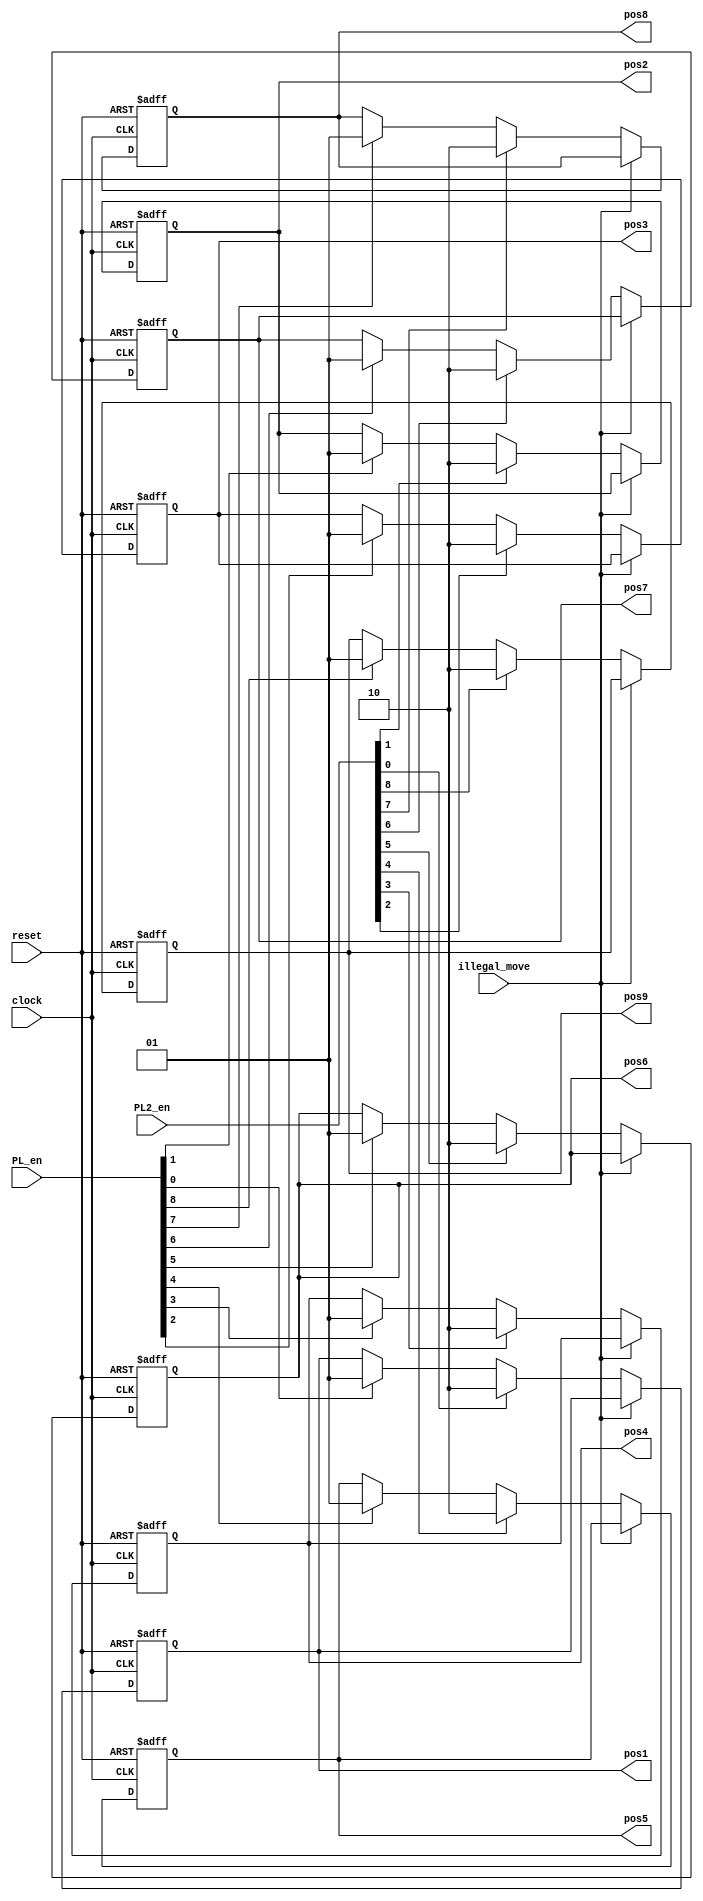
`timescale 1ns / 1ps
//////////////////////////////////////////////////////////////////////////////////
// Company: 
// Engineer: 
// 
// Design Name: 
// Module Name:    position_registers 
// Project Name: 
// Target Devices: 
// Tool versions: 
// Description: 
//
// Dependencies: 
//
// Revision: 
// Revision 0.01 - File Created
// Additional Comments: 
//
//////////////////////////////////////////////////////////////////////////////////
module position_registers(
   input clock, // clock of the game 
      input reset, // reset the game 
      input illegal_move, // need to stop when an illegal move is detected 
      input [9:1] PL2_en, // Player2 enable signals 
      input [9:1] PL_en, // Player enable signals 
      output reg[1:0] pos1,pos2,pos3,pos4,pos5,pos6,pos7,pos8,pos9// positions stored
    );

// Position 1 
 always @(posedge clock or posedge reset)   // Active high logic for reset
 begin
  if(reset) 
   pos1 <= 2'b00;
  else begin
   if(illegal_move==1'b1)
    pos1 <= pos1;// keep previous position
   else if(PL2_en[1]==1'b1)
    pos1 <= 2'b10; // store player2 data 
   else if (PL_en[1]==1'b1)
    pos1 <= 2'b01;// store player data 
   else 
    pos1 <= pos1;// keep previous position
  end 
 end 
 // Position 2 
 always @(posedge clock or posedge reset)    // Active high logic for reset
 begin
  if(reset) 
   pos2 <= 2'b00;
  else begin
   if(illegal_move==1'b1)
    pos2 <= pos2;// keep previous position
   else if(PL2_en[2]==1'b1)
    pos2 <= 2'b10; // store player2 data 
   else if (PL_en[2]==1'b1)
    pos2 <= 2'b01;// store player data 
   else 
    pos2 <= pos2;// keep previous position
  end 
 end 
// Position 3 
 always @(posedge clock or posedge reset)       // Active high logic for reset
 begin
  if(reset) 
   pos3 <= 2'b00;
  else begin
   if(illegal_move==1'b1)
    pos3 <= pos3;// keep previous position
   else if(PL2_en[3]==1'b1)
    pos3 <= 2'b10; // store player2 data 
   else if (PL_en[3]==1'b1)
    pos3 <= 2'b01;// store player data 
   else 
    pos3 <= pos3;// keep previous position
  end 
 end  
 // Position 4 
 always @(posedge clock or posedge reset)       // Active high logic for reset
 begin
  if(reset) 
   pos4 <= 2'b00;
  else begin
   if(illegal_move==1'b1)
    pos4 <= pos4;// keep previous position
   else if(PL2_en[4]==1'b1)
    pos4 <= 2'b10; // store player2 data 
   else if (PL_en[4]==1'b1)
    pos4 <= 2'b01;// store player data 
   else 
    pos4 <= pos4;// keep previous position
  end 
 end 
 // Position 5 
 always @(posedge clock or posedge reset)      // Active high logic for reset
 begin 
  if(reset) 
   pos5 <= 2'b00;
  else begin
   if(illegal_move==1'b1)
    pos5 <= pos5;// keep previous position
   else if(PL2_en[5]==1'b1)
    pos5 <= 2'b10; // store player2 data 
   else if (PL_en[5]==1'b1)
    pos5 <= 2'b01;// store player data 
   else 
    pos5 <= pos5;// keep previous position
  end 
 end 
 // Position 6 
 always @(posedge clock or posedge reset)        // Active high logic for reset
 begin
  if(reset) 
   pos6 <= 2'b00;
  else begin
   if(illegal_move==1'b1)
    pos6 <= pos6;// keep previous position
   else if(PL2_en[6]==1'b1)
    pos6 <= 2'b10; // store player2 data 
   else if (PL_en[6]==1'b1)
    pos6 <= 2'b01;// store player data 
   else 
    pos6 <= pos6;// keep previous position
  end 
 end 
 // Position 7 
 always @(posedge clock or posedge reset)       // Active high logic for reset
 begin
  if(reset) 
   pos7 <= 2'b00;
  else begin
   if(illegal_move==1'b1)
    pos7 <= pos7;// keep previous position
   else if(PL2_en[7]==1'b1)
    pos7 <= 2'b10; // store player2 data 
   else if (PL_en[7]==1'b1)
    pos7 <= 2'b01;// store player data 
   else 
    pos7 <= pos7;// keep previous position
  end 
 end 
 // Position 8 
 always @(posedge clock or posedge reset)          // Active high logic for reset
 begin
  if(reset) 
   pos8 <= 2'b00;
  else begin
   if(illegal_move==1'b1)
    pos8 <= pos8;// keep previous position
   else if(PL2_en[8]==1'b1)
    pos8 <= 2'b10; // store player2 data 
   else if (PL_en[8]==1'b1)
    pos8 <= 2'b01;// store player data 
   else 
    pos8 <= pos8;// keep previous position
  end 
 end 
 // Position 9 
 always @(posedge clock or posedge reset)      // Active high logic for reset
 begin
  if(reset) 
   pos9 <= 2'b00;
  else begin
   if(illegal_move==1'b1)
    pos9 <= pos9;// keep previous position
   else if(PL2_en[9]==1'b1)
    pos9 <= 2'b10; // store player2 data 
   else if (PL_en[9]==1'b1)
    pos9 <= 2'b01;// store player data 
   else 
    pos9 <= pos9;// keep previous position
  end 
 end  

endmodule